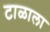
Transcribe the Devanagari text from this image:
टाळाला